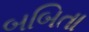
બબિતા